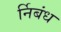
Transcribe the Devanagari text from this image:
र्निबंध